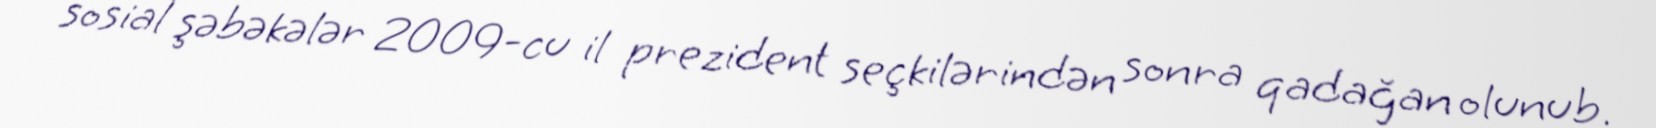
sosial şəbəkələr 2009-cu il prezident seçkilərindən sonra qadağan olunub.